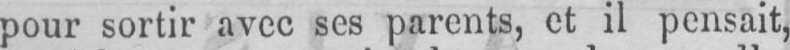
ses parents, et il pensait,